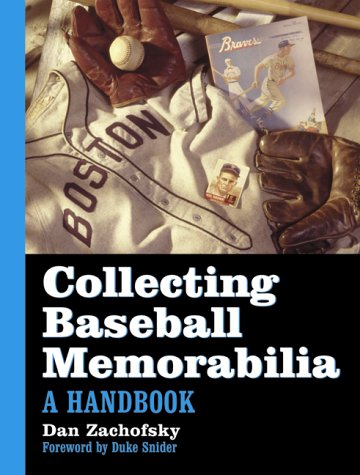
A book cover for Collecting Baseball Memorabilia; Dan Zachofsky; Crafts, Hobbies & Home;